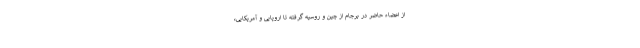
از اعضاء حاضر در برجام از چین و روسیه گرفته تا اروپایی و آمریکایی،